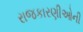
રાજકારણીઓની